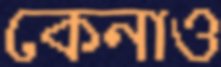
কেনাও